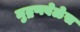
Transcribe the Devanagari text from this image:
मुद्रणवेळेस